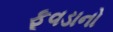
ફૂવડાનો